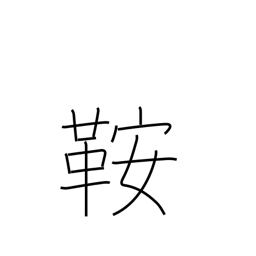
Meaning: saddle